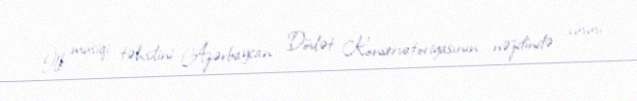
İlk musiqi təhsilini Azərbaycan Dövlət Konservatoriyasının nəzdində xüsusi